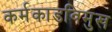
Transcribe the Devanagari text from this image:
कर्मकाडविमुख